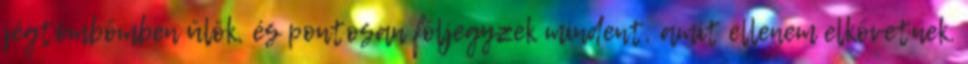
jégtömbömben ülök, és pontosan följegyzek mindent, amit ellenem elkövetnek.